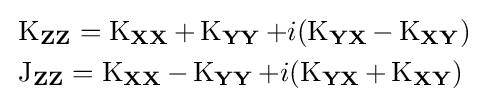
{\begin{aligned}&\operatorname {K} _{\mathbf {Z} \mathbf {Z} }=\operatorname {K} _{\mathbf {X} \mathbf {X} }+\operatorname {K} _{\mathbf {Y} \mathbf {Y} }+i(\operatorname {K} _{\mathbf {Y} \mathbf {X} }-\operatorname {K} _{\mathbf {X} \mathbf {Y} })\\&\operatorname {J} _{\mathbf {Z} \mathbf {Z} }=\operatorname {K} _{\mathbf {X} \mathbf {X} }-\operatorname {K} _{\mathbf {Y} \mathbf {Y} }+i(\operatorname {K} _{\mathbf {Y} \mathbf {X} }+\operatorname {K} _{\mathbf {X} \mathbf {Y} })\end{aligned}}